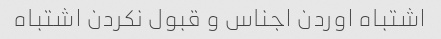
اشتباه اوردن اجناس و قبول نکردن اشتباه